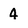
Character: 4